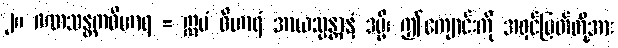
၂။ ဂဏသန္တကဝိဟာရ = ဣမံ ဝိဟာရံ အာယသ္မန္တာနံ ဒမ္မိ၊ ဤကျောင်းကို အရှင်မြတ်တို့အား